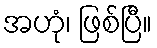
အဟုံ၊ ဖြစ်ပြီ။